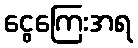
ငွေကြေးအရ